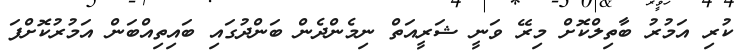
ކުރި އަމުރު ބާތިލްކޮށް މިރޭ ވަނީ ޝަރީއަތް ނިމެންދެން ބަންދުގައި ބައިތިއްބަން އަމުރުކޮށްފަ